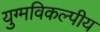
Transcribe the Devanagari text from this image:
युग्मविकल्पीय